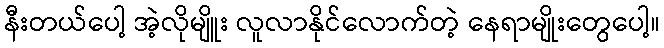
နီးတယ်ပေါ့ အဲ့လိုမျိူး လူလာနိုင်လောက်တဲ့ နေရာမျိုးတွေပေါ့။